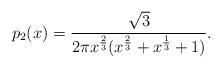
LaTeX: \begin{align*}p_2(x)=\frac{\sqrt 3}{2\pi x^{\frac23}(x^{\frac23}+x^{\frac13}+1)}.\end{align*}